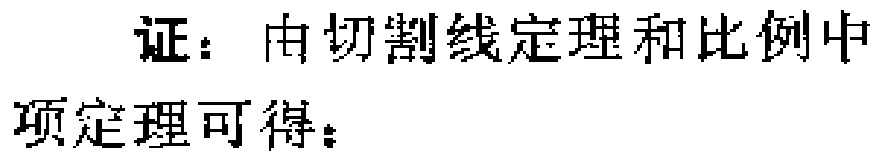
证：由切割线定理和比例中项定理可得：